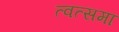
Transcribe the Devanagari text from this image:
त्वत्समा